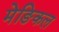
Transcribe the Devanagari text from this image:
मेङिकल